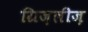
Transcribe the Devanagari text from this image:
ग्रिज़लीज़